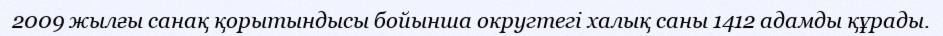
2009 жылғы санақ қорытындысы бойынша округтегі халық саны 1412 адамды құрады.